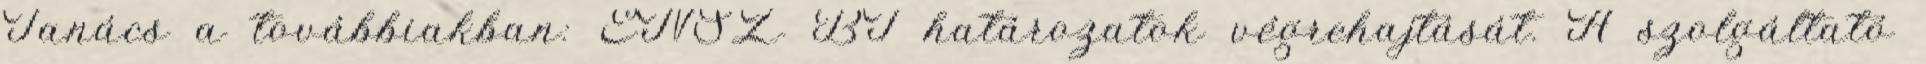
Tanács a továbbiakban: ENSZ BT határozatok végrehajtását. A szolgáltató